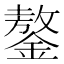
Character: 鏊